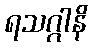
ရသဂ္ဂါနိ